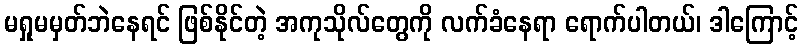
မရှုမမှတ်ဘဲနေရင် ဖြစ်နိုင်တဲ့ အကုသိုလ်တွေကို လက်ခံနေရာ ရောက်ပါတယ်၊ ဒါကြောင့်